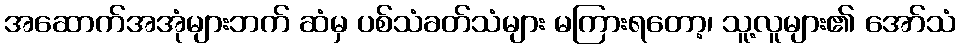
အဆောက်အအုံများဘက် ဆံမှ ပစ်သံခတ်သံများ မကြားရတော့၊ သူ့လူများ၏ အော်သံ